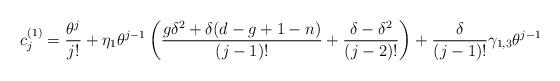
LaTeX: \begin{align*}c^{(1)}_j = \frac{\theta^j}{j!}+\eta_1\theta^{j-1}\left( \frac{g\delta^2+\delta(d-g+1-n)}{(j-1)!}+\frac{\delta-\delta^2}{(j-2)!} \right) +\frac{\delta}{(j-1)!}\gamma_{1,3}\theta^{j-1}\end{align*}